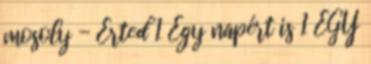
mosoly - Érted 1 Egy napért is 1 EGY